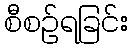
စီစဉ်ရခြင်း